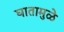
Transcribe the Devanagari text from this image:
घातामुळे